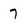
Character: 7